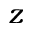
z